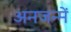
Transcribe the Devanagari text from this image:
अनजन्में